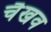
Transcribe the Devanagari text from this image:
चैखव